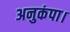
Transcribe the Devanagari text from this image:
अनुकंपा।